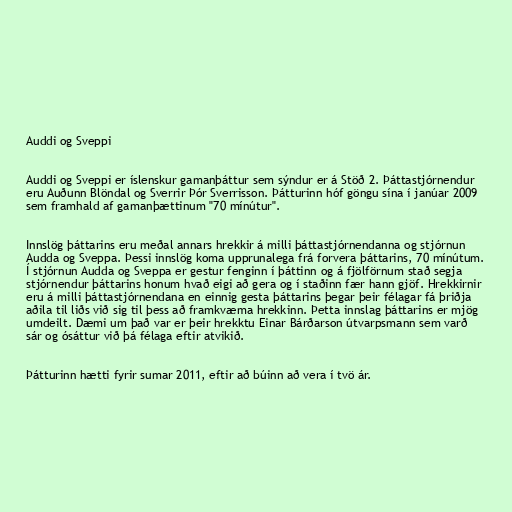
Auddi og Sveppi

Auddi og Sveppi er íslenskur gamanþáttur sem sýndur er á Stöð 2. Þáttastjórnendur
eru Auðunn Blöndal og Sverrir Þór Sverrisson. Þátturinn hóf göngu sína í janúar 2009
sem framhald af gamanþættinum "70 mínútur".

Innslög þáttarins eru meðal annars hrekkir á milli þáttastjórnendanna og stjórnun
Audda og Sveppa. Þessi innslög koma upprunalega frá forvera þáttarins, 70 mínútum.
Í stjórnun Audda og Sveppa er gestur fenginn í þáttinn og á fjölförnum stað segja
stjórnendur þáttarins honum hvað eigi að gera og í staðinn fær hann gjöf. Hrekkirnir
eru á milli þáttastjórnendana en einnig gesta þáttarins þegar þeir félagar fá þriðja
aðila til liðs við sig til þess að framkvæma hrekkinn. Þetta innslag þáttarins er mjög
umdeilt. Dæmi um það var er þeir hrekktu Einar Bárðarson útvarpsmann sem varð
sár og ósáttur við þá félaga eftir atvikið.

Þátturinn hætti fyrir sumar 2011, eftir að búinn að vera í tvö ár.